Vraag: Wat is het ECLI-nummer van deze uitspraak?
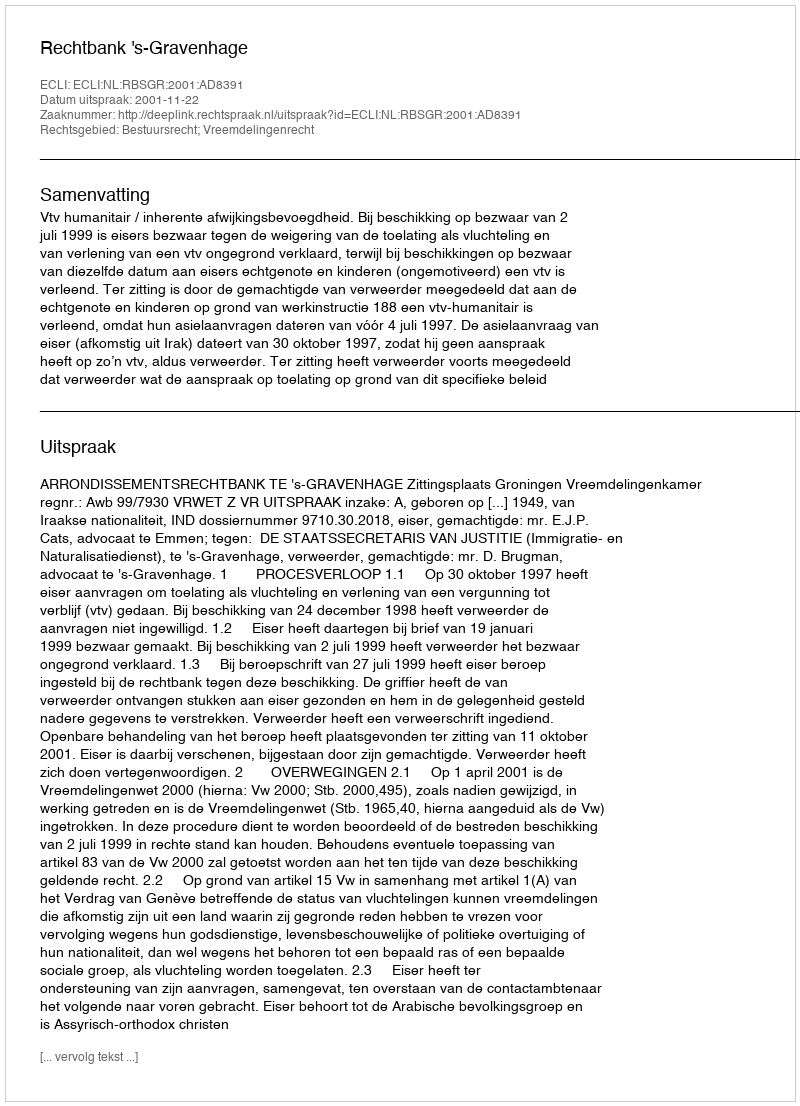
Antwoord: ECLI:NL:RBSGR:2001:AD8391